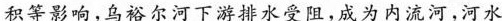
积等影响，乌裕尔河下游排水受阻，成为内流河，河水